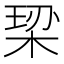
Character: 𪲠